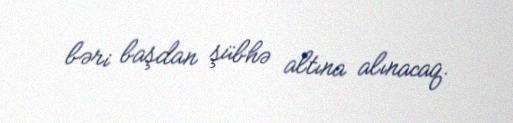
bəri başdan şübhə altına alınacaq.